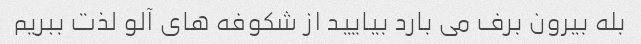
بله بیرون برف می بارد بیایید از شکوفه های آلو لذت ببریم